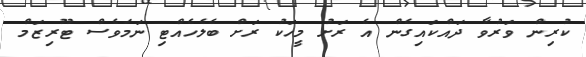
ކުރިން ވަރުވާ ދައްކައިގެން އެ ރަށު މީހަކު ރަށް ބެލެހެއްޓި ނަމަވެސް ޓޫރިޒަމް